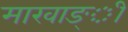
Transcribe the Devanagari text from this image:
मारवाङ्ी